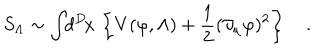
S _ { \Lambda } \sim \int \! \! d ^ { D } \! x \, \left\{ V ( \varphi , \Lambda ) + { \frac { 1 } { 2 } } ( \partial _ { \mu } \varphi ) ^ { 2 } \right\} \quad .